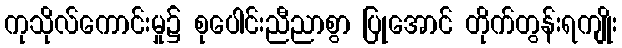
ကုသိုလ်ကောင်းမှု၌ စုပေါင်းညီညာစွာ ပြုအောင် တိုက်တွန်းရကျိုး